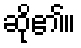
ဆို၏။